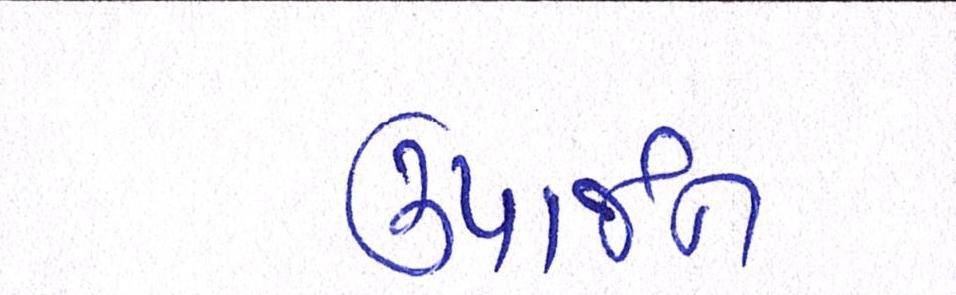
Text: ઉપાર્જન